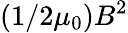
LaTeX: (1/2\mu_{0})B^{2}